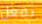
تفعل